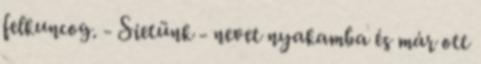
felkuncog. - Sietünk - nevet nyakamba és már ott